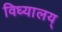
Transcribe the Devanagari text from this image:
विध्यालय्